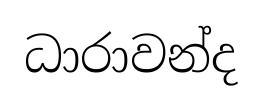
ධාරාවන්ද